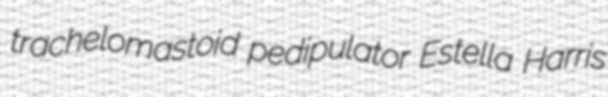
trachelomastoid pedipulator Estella Harris